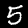
Label: 5